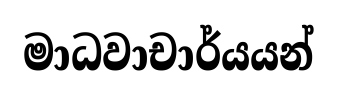
මාධවාචාර්යයන්